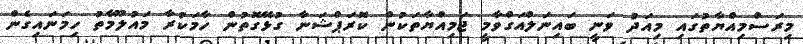
މިރަސްމިއްޔާތުގައި މިއަދު ވަނީ ބައިނަލްއަގްވާމީ ޖަމިއްޔާތަކުން ކޮރަޕްޝަނާ ގުޅޭގޮތުން ހާމަކުރާ މައުލޫމާތު ހިމަނައިގެން